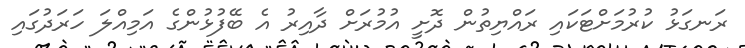
ރަނގަޅު ކުރުމަށްޓަކައި ރައްޔިތުން ދޮށީ އުމުރަށް ދާއިރު އެ ބޭފުޅުންގެ އަމިއްލަ ހަރަދުގައި